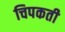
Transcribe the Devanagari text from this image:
चिपकती